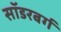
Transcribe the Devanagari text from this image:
सॉडरबर्ग